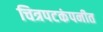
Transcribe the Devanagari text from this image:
चित्रपटकंपनीत